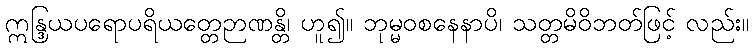
ဣန္ဒြယပရောပရိယတ္တေဉာဏန္တိ၊ ဟူ၍။ ဘုမ္မဝစနေနာပိ၊ သတ္တမိဝိဘတ်ဖြင့် လည်း။